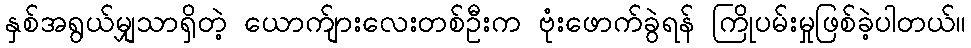
နှစ်အရွယ်မျှသာရှိတဲ့ ယောက်ျားလေးတစ်ဦးက ဗုံးဖောက်ခွဲရန် ကြိုပမ်းမှုဖြစ်ခဲ့ပါတယ်။